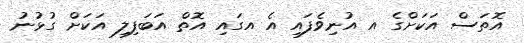
އޮތަސް އަކަށްގެ އ އުނިވެފައި އެ އގައި އޮތް އަބަފިލި އަކަށް ގުޅުނު